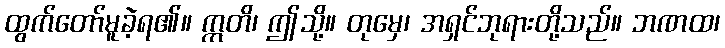
ထွက်တော်မူခဲ့ရ၏။ ဣတိ၊ ဤသို့။ တုမှေ၊ အရှင်ဘုရားတို့သည်။ ဘဏထ၊